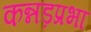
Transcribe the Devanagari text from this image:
कन्नड़प्रभा